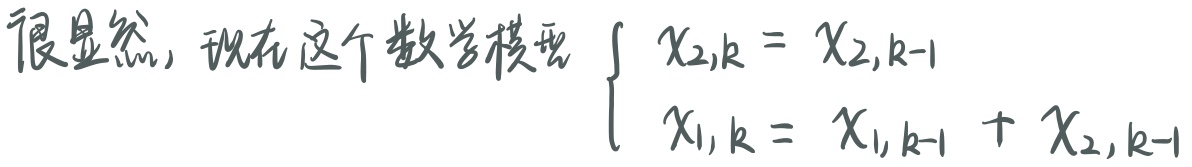
很显然，现在这个数学模型
\[
\begin{cases}
x_{2,k}=x_{2,k - 1}\\
x_{1,k}=x_{1,k - 1}+x_{2,k - 1}
\end{cases}
\]